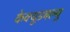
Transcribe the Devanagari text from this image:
केक्यूडबल्यू